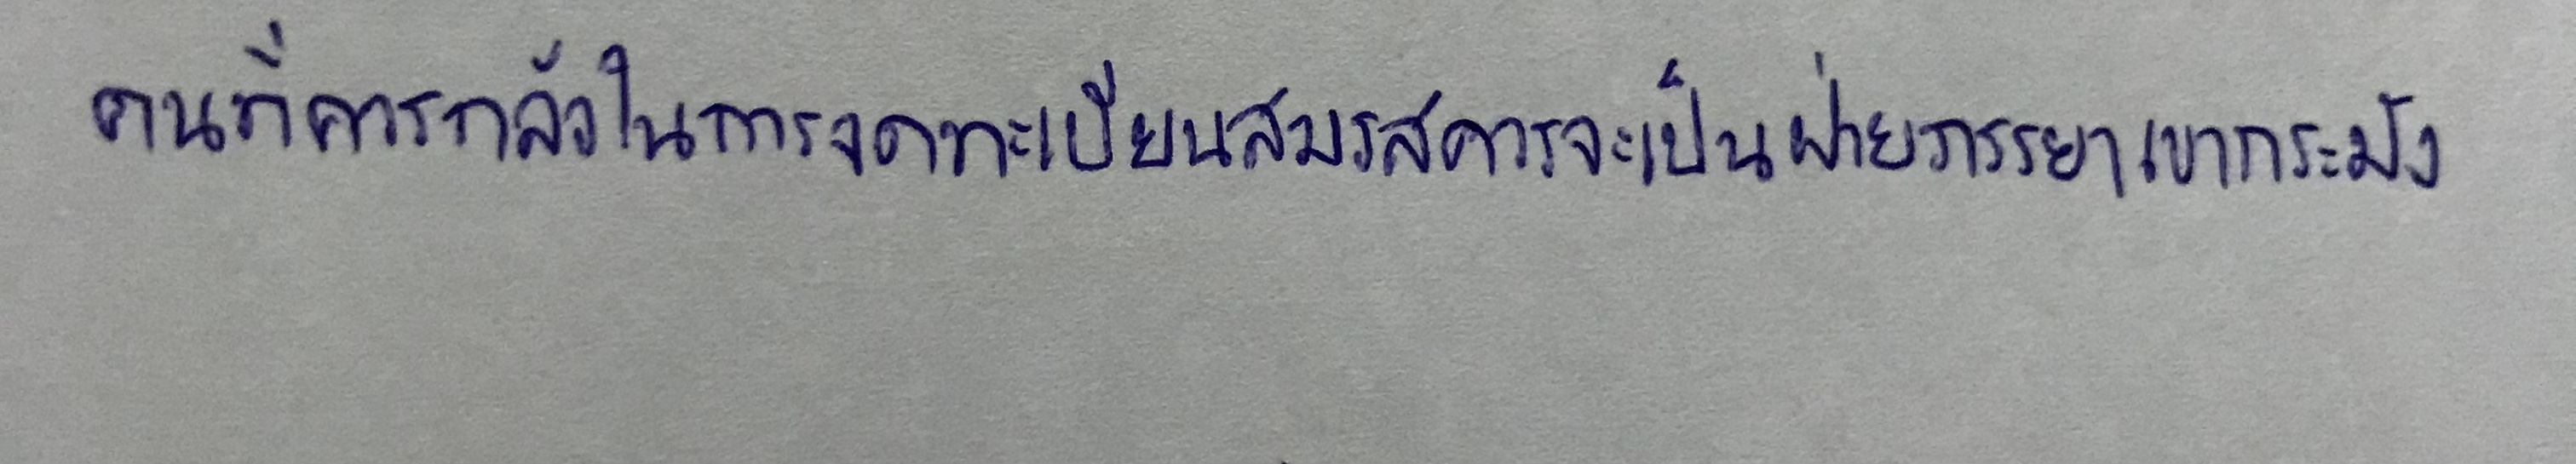
คนที่ควรกลัวในการจดทะเบียนสมรสควรจะเป็นฝ่ายภรรยาเขากระมัง